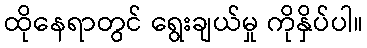
ထိုနေရာတွင် ရွေးချယ်မှု ကိုနှိပ်ပါ။